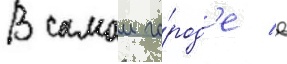
В самом го́род'е в